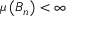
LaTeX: \mu \left( B _ { n } \right) < \infty